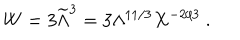
W = 3 { \widetilde \Lambda } ^ { 3 } = 3 \Lambda ^ { 1 1 / 3 } X ^ { - 2 / 3 } ~ .